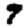
Digit: 7